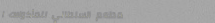
مطعم السلطاني للمأكولات ا